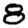
Digit: 8